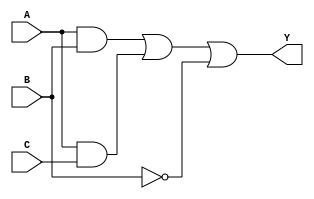
module MultiLevelCombinationalLogic (
    input wire A,  // Input variable A
    input wire B,  // Input variable B
    input wire C,  // Input variable C
    output wire Y  // Output variable Y
);

// Intermediate signals for multi-level implementation
wire AB;      // Intermediate signal for A AND B
wire AC;      // Intermediate signal for A AND C
wire B_not;   // Intermediate signal for NOT B
wire temp1;   // Intermediate signal for OR operation

// Level 1: NOT gate
not u1 (B_not, B); // B NOT

// Level 2: AND gates
and u2 (AB, A, B); // A AND B
and u3 (AC, A, C); // A AND C

// Level 3: OR gate
or u4 (temp1, AB, AC); // Combine results from Level 2

// Level 4: Final output logic (Optional example)
or u5 (Y, temp1, B_not); // Final output Y = (AB + AC) OR NOT B

endmodule